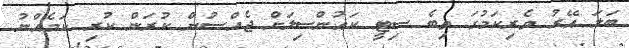
ބަލަ އޭރު ވެރިކަމުގަ ތިބެ ސިޓީ ކައުންސިލަށް ޖެއްސުން ކުރަން ކުރި ކަމެއްނު